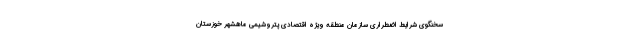
سخنگوی شرایط اضطراری سازمان منطقه ویژه اقتصادی پتروشیمی ماهشهر خوزستان